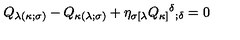
Q _ { \lambda ( \kappa ; \sigma ) } - Q _ { \kappa ( \lambda ; \sigma ) } + \eta _ { \sigma [ \lambda } Q _ { \kappa ] } { ^ \delta } _ { ; \delta } = 0